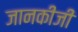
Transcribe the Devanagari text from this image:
जानकीजी